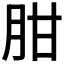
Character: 𦚕